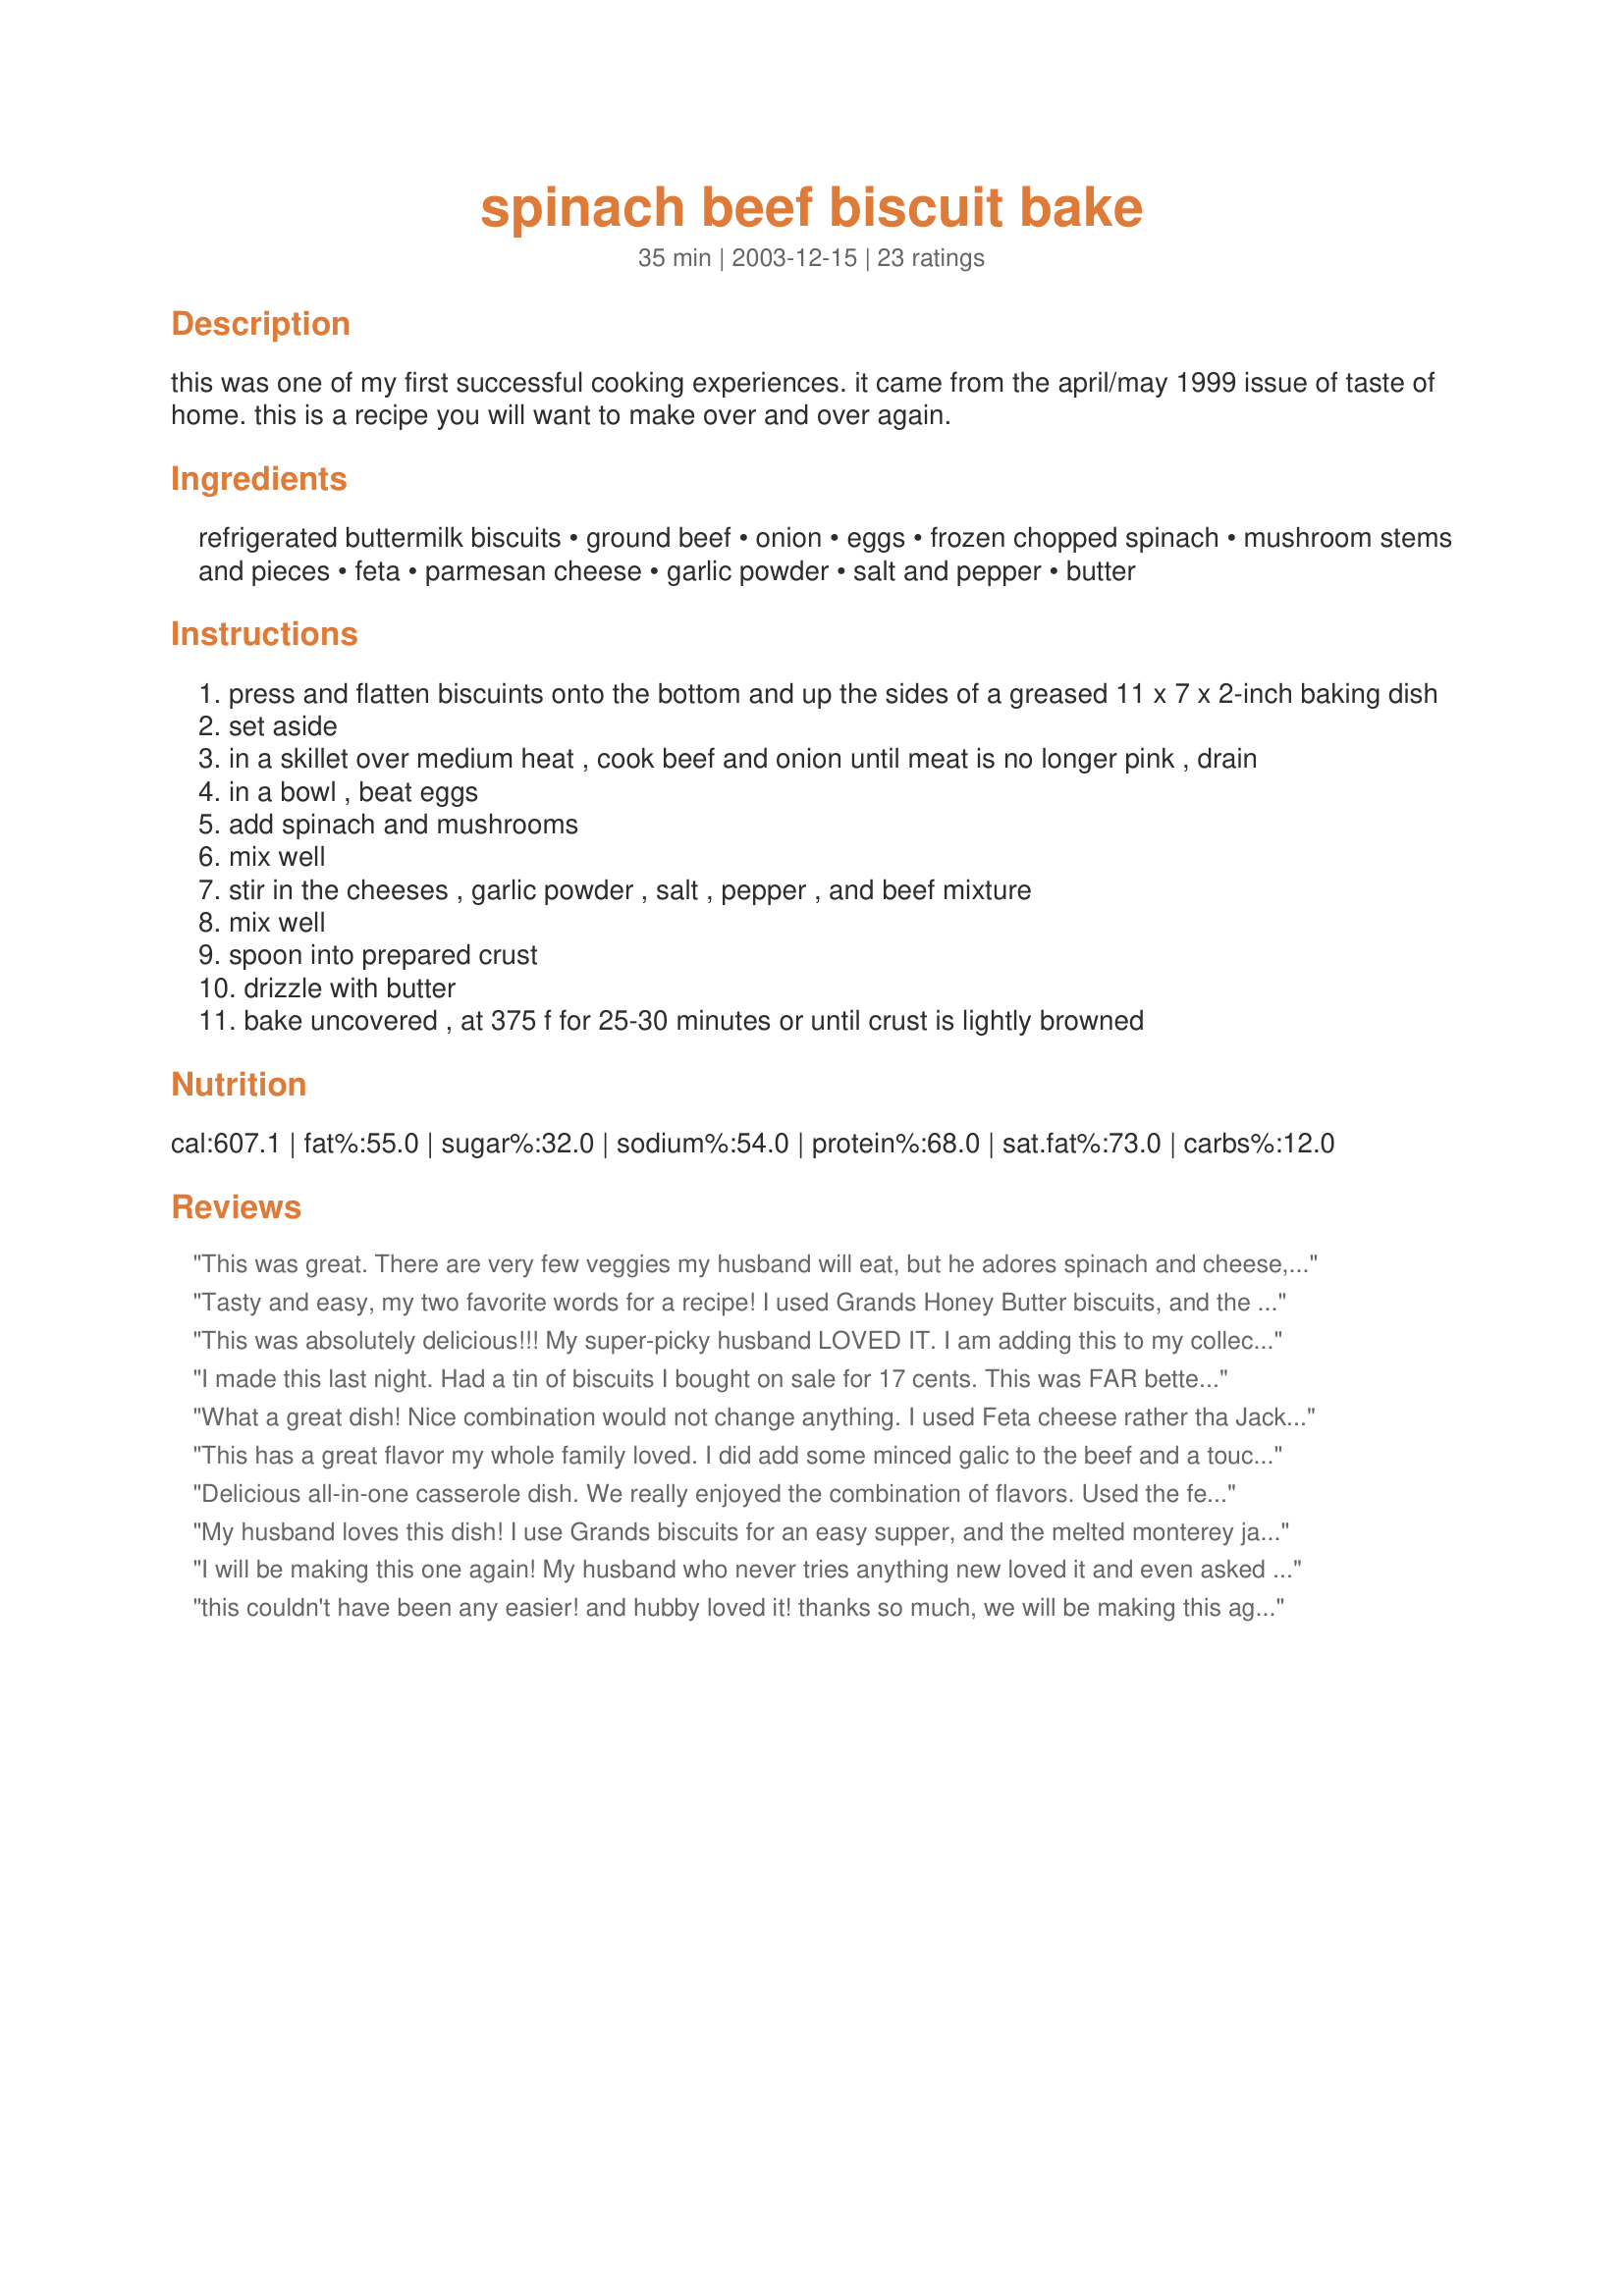
spinach beef biscuit bake
Preparation time: 35 minutes

this was one of my first successful cooking experiences. it came from the april/may 1999 issue of taste of home. this is a recipe you will want to make over and over again.

Ingredients:
refrigerated buttermilk biscuits, ground beef, onion, eggs, frozen chopped spinach, mushroom stems and pieces, feta, parmesan cheese, garlic powder, salt and pepper, butter

Steps:
press and flatten biscuints onto the bottom and up the sides of a greased 11 x 7 x 2-inch baking dish
set aside
in a skillet over medium heat , cook beef and onion until meat is no longer pink , drain
in a bowl , beat eggs
add spinach and mushrooms
mix well
stir in the cheeses , garlic powder , salt , pepper , and beef mixture
mix well
spoon into prepared crust
drizzle with butter
bake uncovered , at 375 f for 25-30 minutes or until crust is lightly browned

Reviews:
This was great. There are very few veggies my husband will eat, but he adores spinach and cheese, and I need more complete meal dishes anyway! I halved the beef in this recipe. Thanks a lot!
Tasty and easy, my two favorite words for a recipe! I used Grands Honey Butter biscuits, and the sweetness was a nice complement to the beef mixture. I used fresh mushrooms (more than the recipe called for) but was otherwise true to the recipe. Will definitely make again!
This was absolutely delicious!!! My super-picky husband LOVED IT. I am adding this to my collection of monthly recipes! I think it would be a great one for kids also, because I HATE spinach but you can't really taste it at all. Soooooo gooooood!!!
I made this last night. Had a tin of biscuits I bought on sale for 17 cents. This was FAR better than I expected! I didn't have frozen spinach, so took the spinach out of a can and squeezed it dry. Didn't have mushrooms, so left them out. Didn't have feta or monterey jack, so used some swiss. Used one can of biscuits in a round cake pan. And it was WONDERFUL. I think sausage and cheddar would also make a good combo. Only change I would make would be to saute garlic with the beef, instead of using garlic powder. Will make this MANY times!
What a great dish! Nice combination would not change anything. I used Feta cheese rather tha Jack. Feta and Spinach are such a great combo! My son is not a veggie eater, but he had two helpings of this one.This will be made again and again. Thanks for sharing Amber.
This has a great flavor my whole family loved. I did add some minced galic to the beef and a touch of nutmeg to the spinach and doubled the feta. I also used fresh mushrooms instead of canned, we just like those better. Next time I think I'll try it the other way around, with some pastry on top instead of on the bottom, just to see how that works out. A great recipe that I will fix many more times. Thanks for posting.
Delicious all-in-one casserole dish. We really enjoyed the combination of flavors. Used the feta and fresh chopped garlic and drizzled a little extra virgin olive oil over the top rather than butter; otherwise followed this recipe as written. Looking forward to the leftovers for lunch!
My husband loves this dish! I use Grands biscuits for an easy supper, and the melted monterey jack cheese in there (I add a little extra) gives the whole thing a nice creamy addition. I heartily recommend this dish for those meat and potatoes guys out there ;
I will be making this one again! My husband who never tries anything new loved it and even asked to bring some with him on the road with him, so I know it was a hit with him! Thanks much for posting this recipe!
this couldn't have been any easier! and hubby loved it! thanks so much, we will be making this again!
Excellent recipe! I've made it about 5 times already and keep forgetting to review it. I originally made it exactly as written, but then came the inevitable changes to make it more South Beach friendly:
I exchanged ground beef for ground turkey - less fatty and it went better with the feta. I exchanged fresh spinach for the frozen spinach. I hate mushrooms so I exchanged them with black olives. Exchanged 3 cloves of minced garlic for the garlic powder.
Finally, which made the biggest addition, was instead of fussing with canned biscuits, I made the mile high biscuit recipe (using whole wheat flour intead of white) and just pressed that into the bottom of the pan. I used an 9x11 pan, doubled the ingredients and used the entire biscuit dough. Came out FABULOUS! Plenty for lucheon leftovers and midnight snacks for the guys. It's a regular on the monthly rotation now.
This was good, we'll definitely make it again.
Something went very wrong. Biscuit never cooked despite 15 extra minutes. Big, soggy, tasteless mess.
I made this last night, and it was easy and quick to put together. I followed the directions exactly, using feta cheese. However, neither my husband nor I really cared for it. The taste really wasn't bad, but it just wasn't for us. There was a lot of ground beef in proportion to the other ingredients, and it was more deep dish than I thought it would be. The beef, spinach and cheeses just didn't meld together like I thought they would. Each ingredient remained separate, even when baked. Thank you for sharing, but we probably won't be making this one again.
I have made this dish several times. I usually half it and bake it in an 8x8 dish, as the whole recipe is too much for us. It's a favorite at our table!
This was good and easy to make. 

I made it in an 8x8 dish and changed the proportions some. Only used 1/2 lb ground beef, but used the full 10 oz of spinach, and all the feta cheese. I also subbed black olives instead of mushrooms because thought they would be great with the feta. And they were.

After I put it in for about 10 minutes, I thought "that looks really dry" Then realized I had forgot to add the drizzle of butter so drizzled some olive oil in middle of cooking, which took care of that problem.

Thanks for the easy recipe. I usually have these ingredients on hand, so it will be a repeat for us!
Tasty!!
Fantastic! All the wonderful flavors in one dish, plus sooo easy to make. Made my house smell so good, and didn't have to worry about leftovers!!!
OMGOODNESS! My family raves about this one! This is the 5th time I've made it and they can't get enough. I add both black olives and mushrooms, and for a little more flavor, I add dill weed. To save money, I use ground turkey instead of beef, no one knows any different because I didn't say a thing, it still comes out FANTASTIC!
Really good, different. I used homemade biscuits, fresh spinach, and gouda cheese. Did not have on hand what was listed. I halved the recipe and used an 8X8 glass baking dish. Biscuits browned perfect. Even tho it was halved and a smaller dish I did end up baking it about 45 minutes. Thank you Amber.
I didn't think I'd like anything with canned biscuits (I'm a from-scratch-biscuits kinda person) but I've made this several times and enjoyed the dish, as did my husband who is pretty picky. We prefer feta and fresh mushrooms and after seeing Shelbyrose's tip, will drizzle with olive oil next time. Thanks for posting Amber of AZ!
One of my favorite meals!! I made this originally after seeing it in TOH, but when I saw it on here I just had to add my thumbs up. I like to use fresh portabella or "porteenie" mushrooms instead of the canned, but other than that, it is fantastic as-is!
This is such a delicious recipe. I have made this several times and really enjoyed it.
